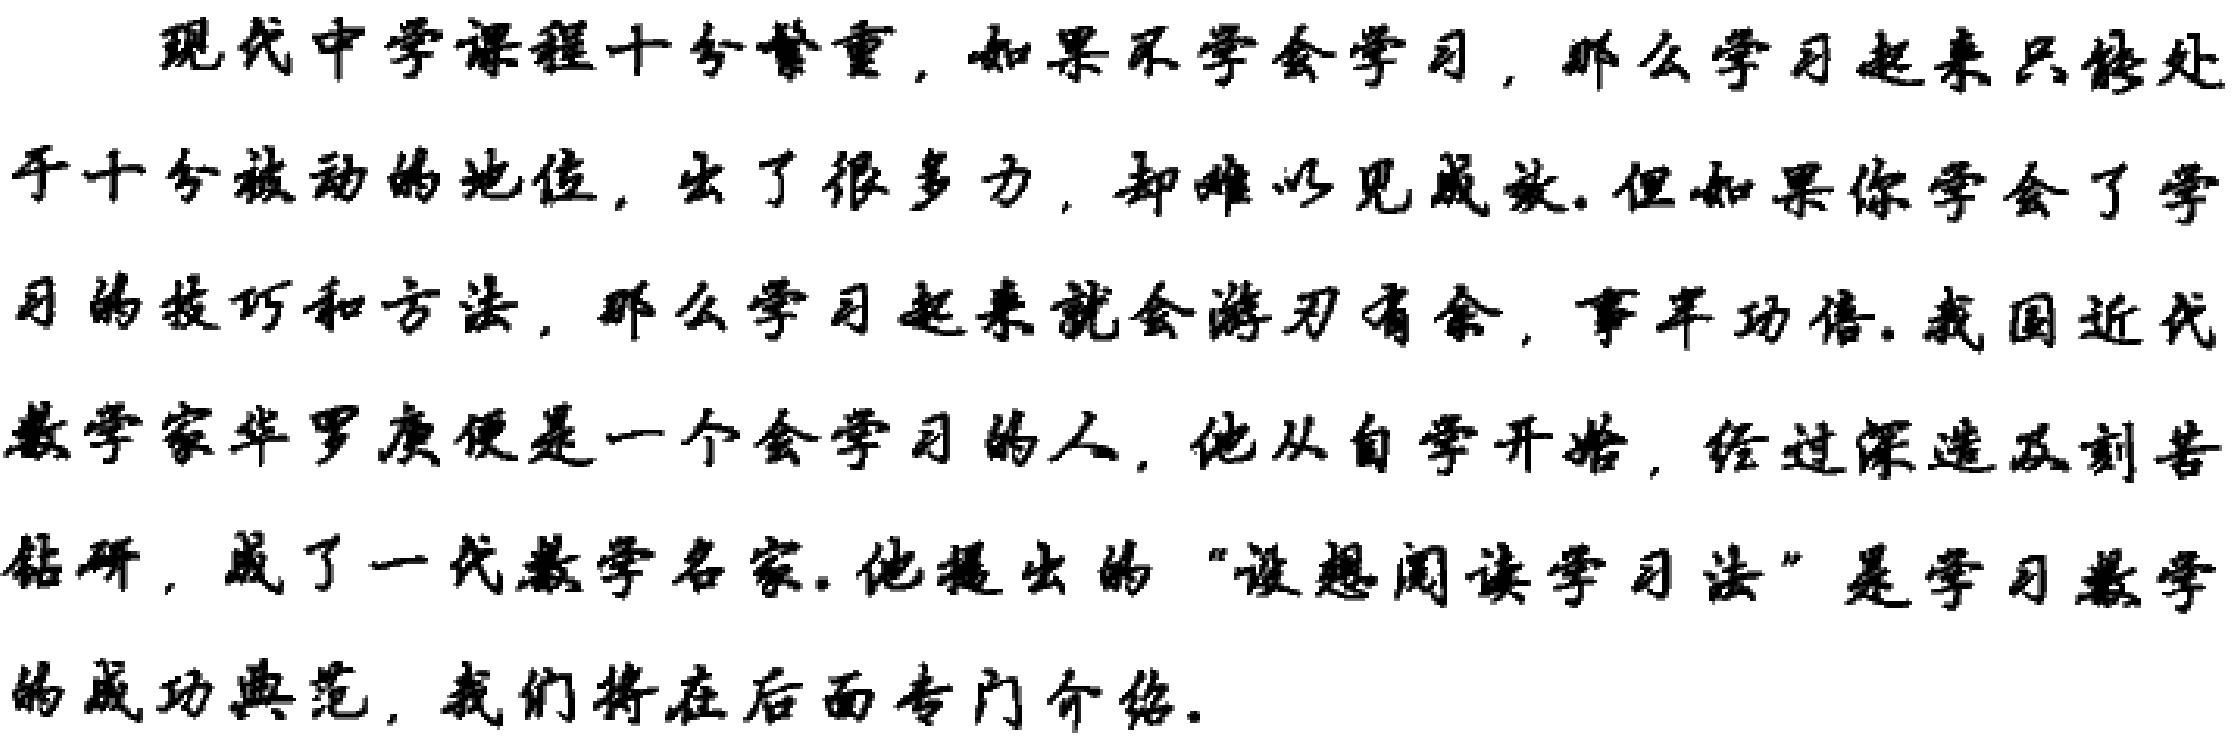
现代中学课程十分繁重，如果不学会学习，那么学习起来只能处于十分被动的地位，出了很多力，却难以见成效.但如果你学会了学习的技巧和方法，那么学习起来就会游刃有余，事半功倍.我国近代数学家华罗庚便是一个会学习的人，他从自学开始，经过深造及刻苦钻研，成了一代数学名家.他提出的“设想阅读学习法”是学习数学的成功典范，我们将在后面专门介绍.